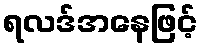
ရလဒ်အနေဖြင့်